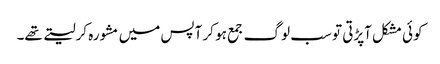
کوئی مشکل آپڑتی تو سب لوگ جمع ہو کر آپس میں مشورہ کرلیتے تھے۔